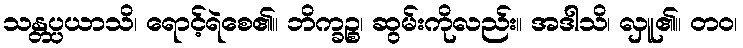
သန္တပ္ပယာသိ၊ ရောင့်ရဲစေ၏။ ဘိက္ခဉ္စ၊ ဆွမ်းကိုလည်း။ အဒါသိ၊ လှူ၏။ တဝ၊